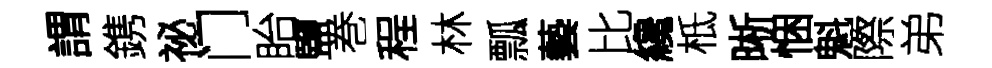
謂鎸祕门眙鹽巻程林瓢藝比纔柢晰悃魁際弟